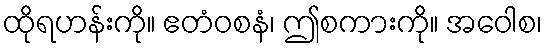
ထိုရဟန်းကို။ ဧတံဝစနံ၊ ဤစကားကို။ အဝေါစ၊